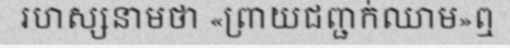
រហស្សនាមថា «ព្រាយជញ្ជក់ឈាម»ឮ